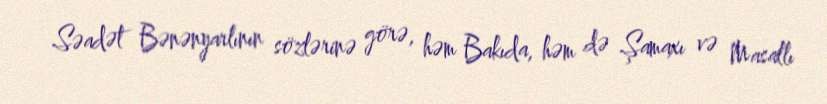
Səadət Bənənyarlının sözlərinə görə, həm Bakıda, həm də Şamaxı və Masallı